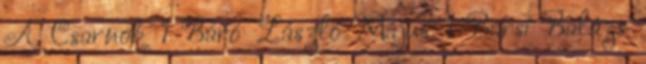
A Csarnok 1 Báró László Május 1 Barsi Balázs